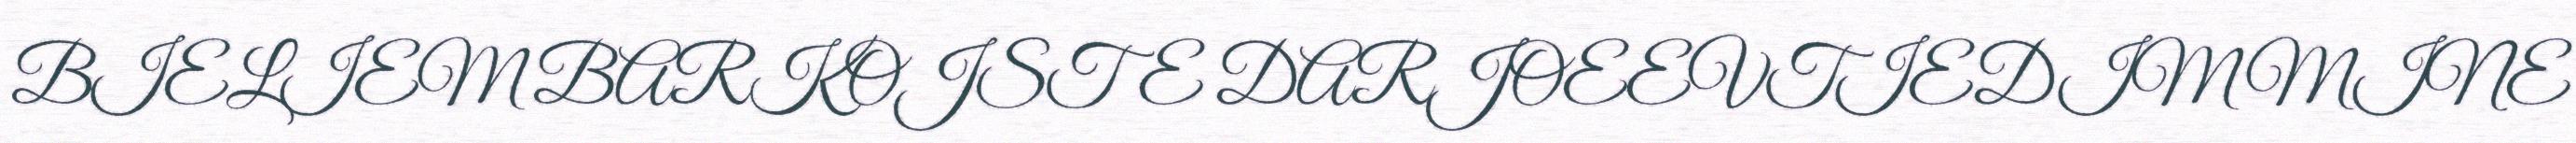
BIELIEM BARKOJSTE DARJOEEVTIEDIMMINE